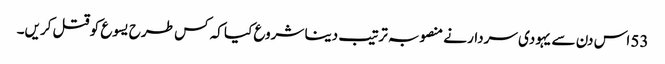
53 اس دن سے یہودی سردار نے منصوبہ ترتیب دینا شروع کیا کہ کس طرح یسوع کو قتل کریں۔